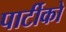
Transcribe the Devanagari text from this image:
पार्टीको